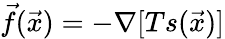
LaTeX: \vec{f}(\vec{x})=-\nabla[Ts(\vec{x})]